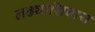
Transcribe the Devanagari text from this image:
लढ्याशिवाय